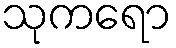
သုကရော